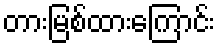
တားမြစ်ထားကြောင်း